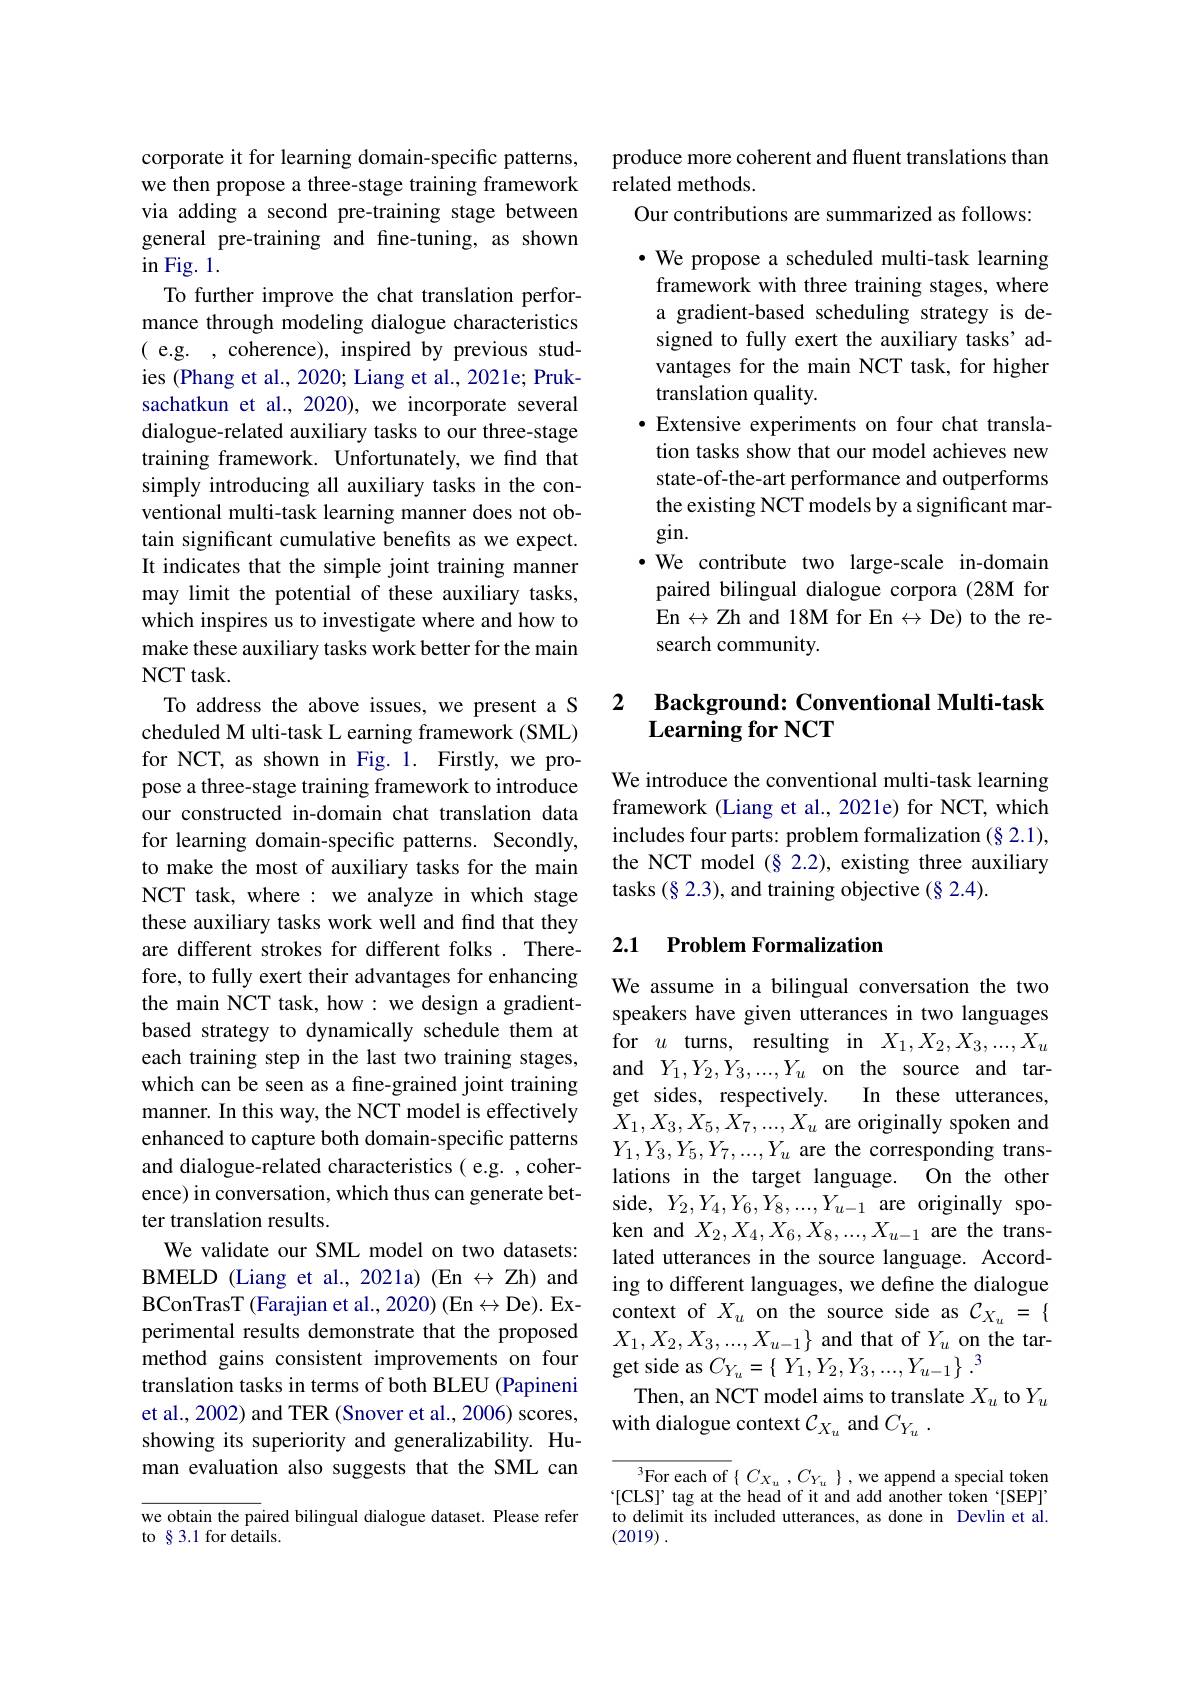
corporate it for learning domain-specific patterns, we then propose a three-stage training framework via adding a second pre-training stage between general pre-training and fine-tuning, as shown $\operatorname{in}$Fig. 1.
To further improve the chat translation performance through modeling dialogue characteristics ( e.g. , coherence), inspired by previous studies (Phang et al., 2020; Liang et al., 2021e; Pruksachatkun et al.,2020), we incorporate several dialogue-related auxiliary tasks to our three-stage training framework. Unfortunately, we find that simply introducing all auxiliary tasks in the conventional multi-task learning manner does not obtain significant cumulative benefits as we expect. It indicates that the simple joint training manner may limit the potential of these auxiliary tasks, which inspires us to investigate where and how to make these auxiliary tasks work better for the main NCT task.
To address the above issues, we present a S cheduled M ulti-task L earning framework (SML) for NCT, as shown in Fig. 1. Firstly, we propose a three-stage training framework to introduce our constructed in-domain chat translation data for learning domain-specific patterns. Secondly, to make the most of auxiliary tasks for the main NCT task, where: we analyze in which stage these auxiliary tasks work well and find that they are different strokes for different folks . Therefore, to fully exert their advantages for enhancing the main NCT task, how: we design a gradientbased strategy to dynamically schedule them at each training step in the last two training stages, which can be seen as a fine-grained joint training manner. In this way, the NCT model is effectively enhanced to capture both domain-specific patterns and dialogue-related characteristics( e.g. , coherence) in conversation, which thus can generate better translation results.
We validate our SML model on two datasets: BMELD (Liang et al., 2021a) (En $\leftrightarrow$ Zh) and BConTrasT (Farajian et al., 2020) (En$\leftrightarrow$De). Experimental results demonstrate that the proposed method gains consistent improvements on four translation tasks in terms of both BLEU (Papineni et al., 2002) and TER (Snover et al., 2006) scores, showing its superiority and generalizability. Human evaluation also suggests that the SML can we obtain the paired bilingual dialogue dataset. Please refer to §3.1 for details.

produce more coherent and fluent translations than
related methods.
Our contributions are summarized as follows:

$\cdot$ We propose a scheduled multi-task learning framework with three training stages, where a gradient-based scheduling strategy is designed to fully exert the auxiliary tasks' advantages for the main NCT task, for higher translation quality.
·Extensive experiments on four chat transla-
tion tasks show that our model achieves new state-of-the-art performance and outperforms the existing NCT models by a significant margin.
·We contribute two large-scale in-domain paired bilingual dialogue corpora(28M for En$\leftrightarrow$Zh and 18M for En$\leftrightarrow$De) to the research community.

## 2 Background: Conventional Multi-task $\textbf{Learning for NCT}$

We introduce the conventional multi-task learning framework (Liang et al., 2021e) for NCT, which includes four parts: problem formalization (§ 2.1), the NCT model $(\S$ 2.2), existing three auxiliary tasks (§ 2.3), and training objective (§ 2.4).

## 2.1 Problem Formalization

We assume in a bilingual conversation the two speakers have given utterances in two languages for $u$ turns, resulting in $X_1,X_2,X_3,...,X_u$ and $Y_1, Y_2, Y_3, . . . , Y_u$ on the source and target sides, respectively. In these utterances, $X_1,X_3,X_5,X_7,...,X_u$ are originally spoken and $Y_1,Y_3,Y_5,Y_7,...,Y_u$ are the corresponding translations in the target language. On the other side, $Y_2,Y_4,Y_6,Y_8,...,Y_{u-1}$ are originally spoken and $X_2,X_4,X_6,X_8,...,X_{u-1}$ are the translated utterances in the source language. According to different languages, we define the dialogue context of $X_u$ on the source side as $\mathcal C_X_u=\{$ $X_{1},X_{2},X_{3},...,X_{u-1}\}$ and that of $Y_u$ on the target side as $C_{Y_{u}}=\left\{\begin{array}{c}{Y_{1},Y_{2},Y_{3},...,Y_{u-1}}\\\end{array}\right\}.^{3}$
Then, an NCT model aims to translate $X_u$ to $Y_u$
with dialogue context $\mathcal{C}_X_u$ and $C_Y_u.$

$^{3}$For each of$\{C_{X_u},C_{Y_u}\}$,we append a special token $`[$CLS]' tag at the head of it and add another token‘[SEP]’ to delimit its included utterances, as done in Devlin et al. (2019) .